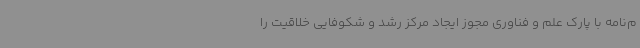
م‌نامه با پارک علم و فناوری مجوز ایجاد مرکز رشد و شکوفایی خلاقیت را